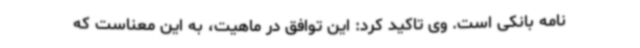
نامه بانکی است. وی تاکید کرد: این توافق در ماهیت، به این معناست که